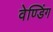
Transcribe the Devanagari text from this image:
वेण्डिंग